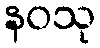
နဝသု